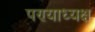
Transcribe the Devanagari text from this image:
पण्याध्यक्ष